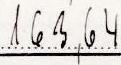
163,64